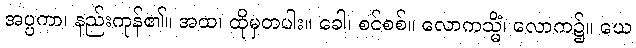
အပ္ပကာ၊ နည်းကုန်၏။ အထ၊ ထိုမှတပါး။ ခေါ၊ စင်စစ်။ လောကသ္မိံ၊ လောက၌။ ယေ